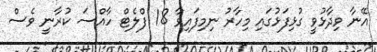
އޭނާ ވިދާޅުވީ ގުޅިފަޅުގައި މިހާރު ނިމިފައިވާ 18 ފްލެޓް ހާއްސަ ކުރާނީ ވެސް